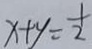
x + y = \frac { 1 } { 2 }